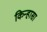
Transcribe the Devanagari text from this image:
किन्हासा